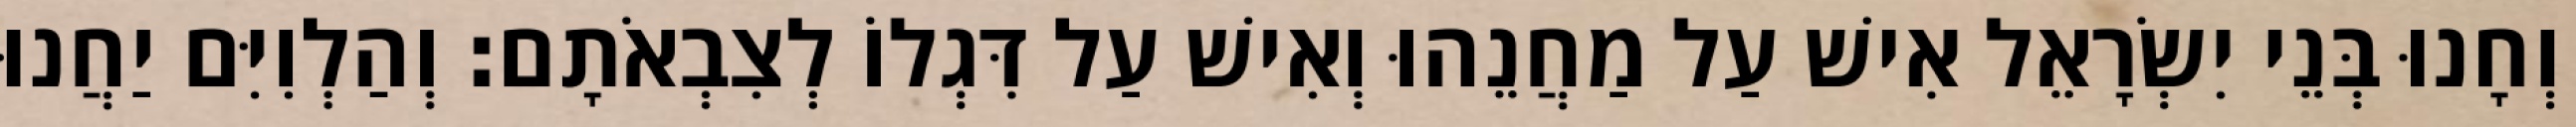
וְחָנוּ בְּנֵי יִשְׂרָאֵל אִישׁ עַל מַחֲנֵהוּ וְאִישׁ עַל דִּגְלוֹ לְצִבְאֹתָם׃ וְהַלְוִיִּם יַחֲנוּ